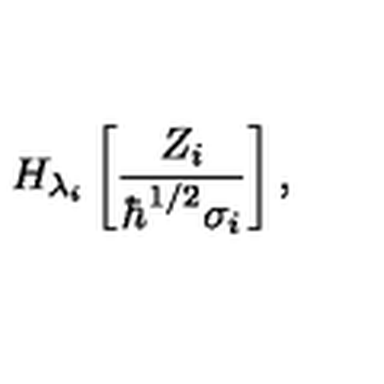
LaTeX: H _ { \lambda _ { i } } \left[ \frac { Z _ { i } } { \hbar ^ { 1 / 2 } \sigma _ { i } } \right] ,